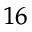
^ { 1 6 }